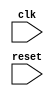
module behavioral_block (
    input wire clk,
    input wire reset,
    // other input/output ports here
);

reg prev_reset;

always @(posedge clk) begin
    if (reset && !prev_reset) begin
        // operations to be executed based on the circuit functionality
    end
    prev_reset <= reset;
end

endmodule